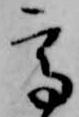
高